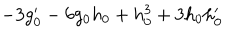
LaTeX: - 3 g _ { 0 } ^ { \prime } - 6 g _ { 0 } h _ { 0 } + h _ { 0 } ^ { 3 } + 3 h _ { 0 } h _ { 0 } ^ { \prime }